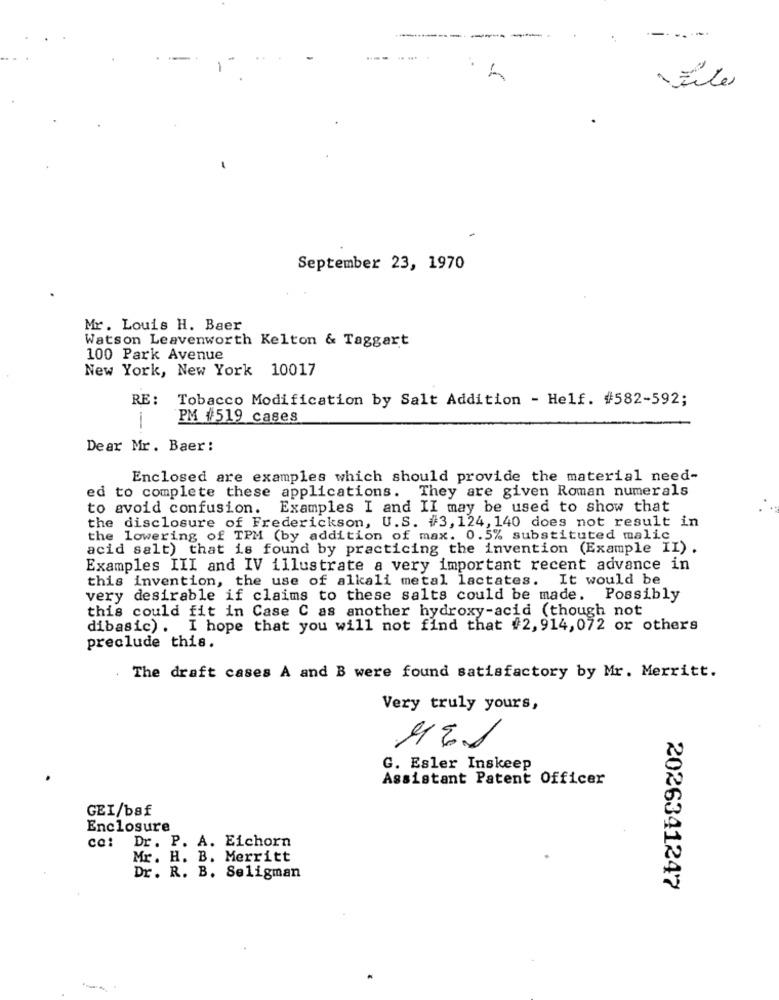
----
September 23, 1970
Mr. Louis H. Baer
Watson Leavenworth Kelton & Taggart
100 Park Avenue
New York, New York 10017
RE: Tobacco Modification by Salt Addition - Helf. #582-592;
PM #519 cases
Dear Mr. Baer:
Enclosed are examples which should provide the material need-
ed to complete these applications. They are given Roman numerals
to avoid confusion.
Examples I and II may be used to show that
the disclosure of Frederickson, U.S. #3, 124, 140 does not result in
the lowering of TPM (by addition of max. 0.5% substituted malic
acid salt) that is found by practicing the invention (Example II) .
Examples III and IV illustrate a very important recent advance in
this invention, the use of alkali metal lactates. It would be
very desirable if claims to these salts could be made. Possibly
this could fit in Case C as another hydroxy-acid (though not
dibasic). I hope that you will not find that #2, 914,072 or others
preclude this.
The draft cases A and B were found satisfactory by Mr. Merritt.
Very truly yours,
G. Esler Inskeep
Assistant Patent Officer
GEI/baf
Enclosure
Cc:
Dr. P. A. Eichorn
Mr. H. B. Merritt
Dr. R. B. Seligman
2026341247